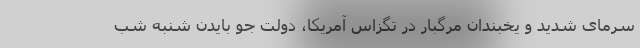
سرمای شدید و یخبندان مرگبار در تگزاس آمریکا، دولت جو بایدن شنبه شب